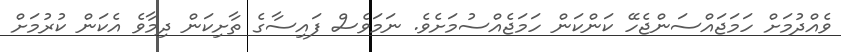
ވެއްދުމަށް ހަމަޖައްސަންޖެހޭ ކަންކަން ހަމަޖެއްސުމަށެވެ. ނަމަވެސް ފައިސާގެ ތާށިކަން ދިމާވެ އެކަން ކުރުމަށް